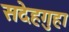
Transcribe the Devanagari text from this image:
सदेहगुहा